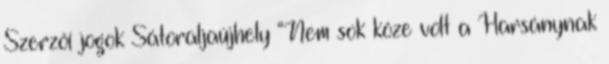
Szerzői jogok Sátoraljaújhely “Nem sok köze volt a Harsánynak